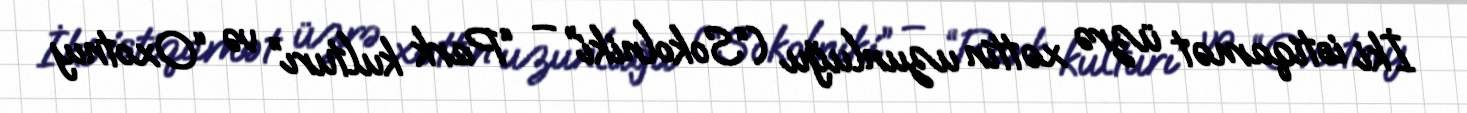
İki istiqamət üzrə xəttin uzunluğu (“Sokolniki” – “Park kulturı” və “Oxotnıy